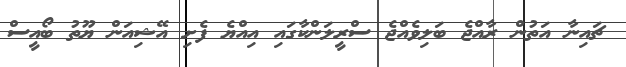
ޗައިނާ އަތުން ރާއްޖެ ބަލިވެއްޖެ ސްރީލަންކާގައި އިއްޔެ ފެށި އޭޝިއަން ޔޫތު ބޯއީސް